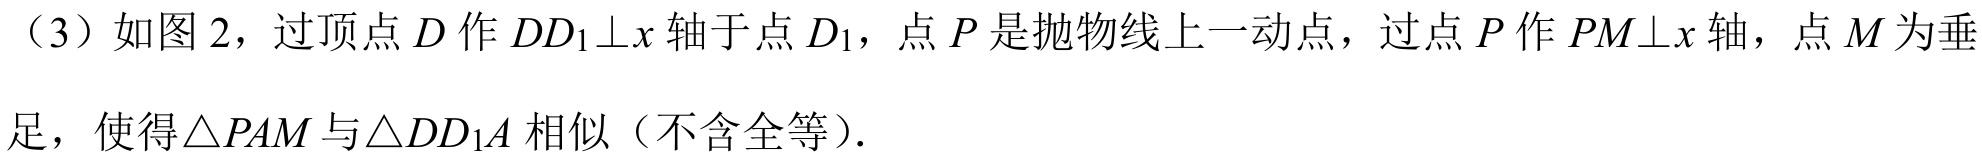
（3）如图2，过顶点\(D\)作\(DD_{1}\perp x\)轴于点\(D_{1}\)，点\(P\)是抛物线上一动点，过点\(P\)作\(PM\perp x\)轴，点\(M\)为垂足，使得\(\triangle PAM\)与\(\triangle DD_{1}A\)相似（不含全等）.